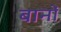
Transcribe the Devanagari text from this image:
बानों